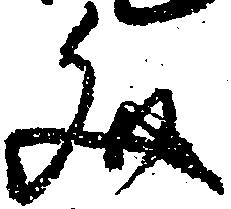
文